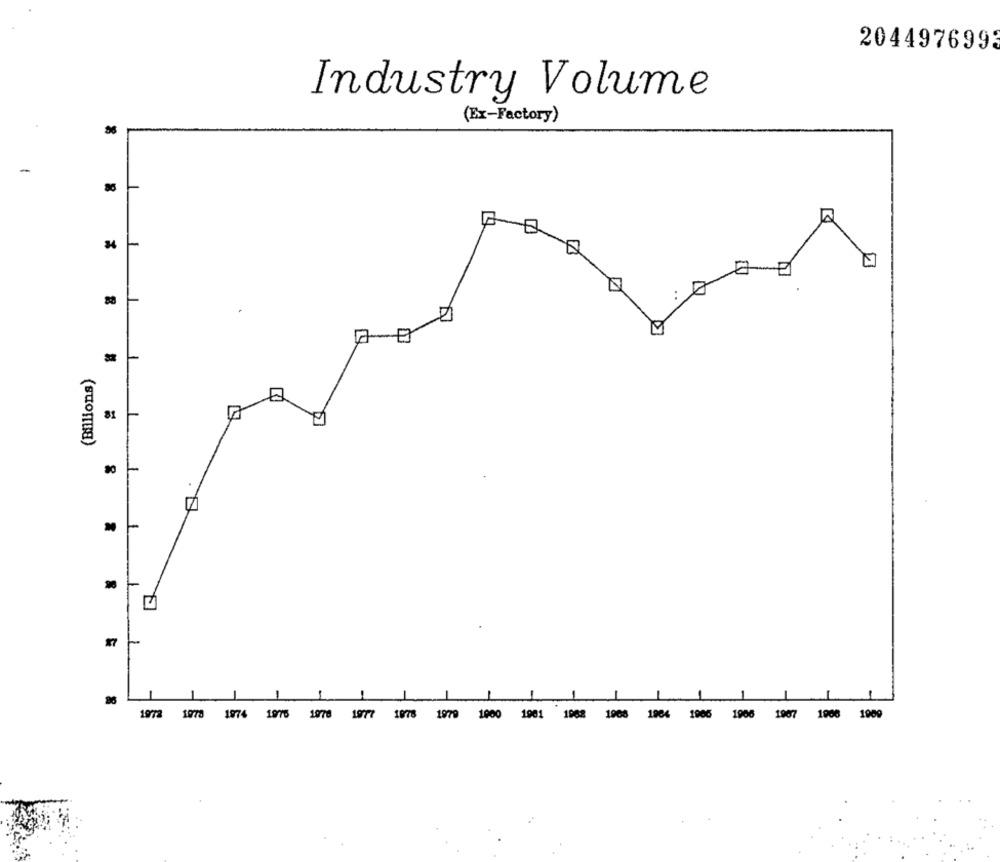
2044976993
Industry Volume
(Ex-Factory)
4
M
(Billions)
81
-
27
96
1972 1978 1974 1976 1978 1977 1878 1979 1000 1901
1982 1908 1964 1906 1906 1907 1008 1009